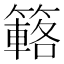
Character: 簵